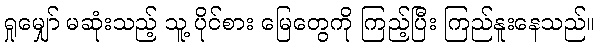
ရှုမျှော် မဆုံးသည့် သူ့ ပိုင်စား မြေတွေကို ကြည့်ပြီး ကြည်နူးနေသည်။